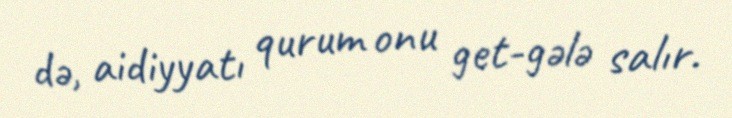
də, aidiyyatı qurum onu get-gələ salır.